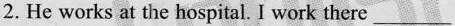
2. He works at the hospital. I work there _________